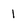
Character: I